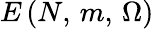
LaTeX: E\left({N,\, m,\, \Omega}\right)